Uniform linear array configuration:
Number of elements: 32
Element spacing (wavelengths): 1
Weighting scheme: binomial
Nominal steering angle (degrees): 45
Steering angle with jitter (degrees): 46.089
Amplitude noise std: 0.05
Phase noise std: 0.05

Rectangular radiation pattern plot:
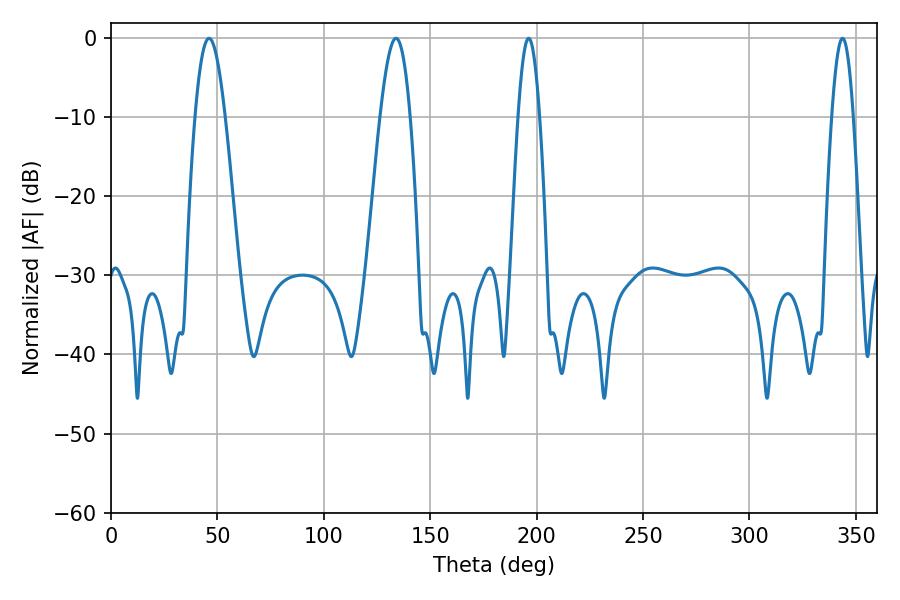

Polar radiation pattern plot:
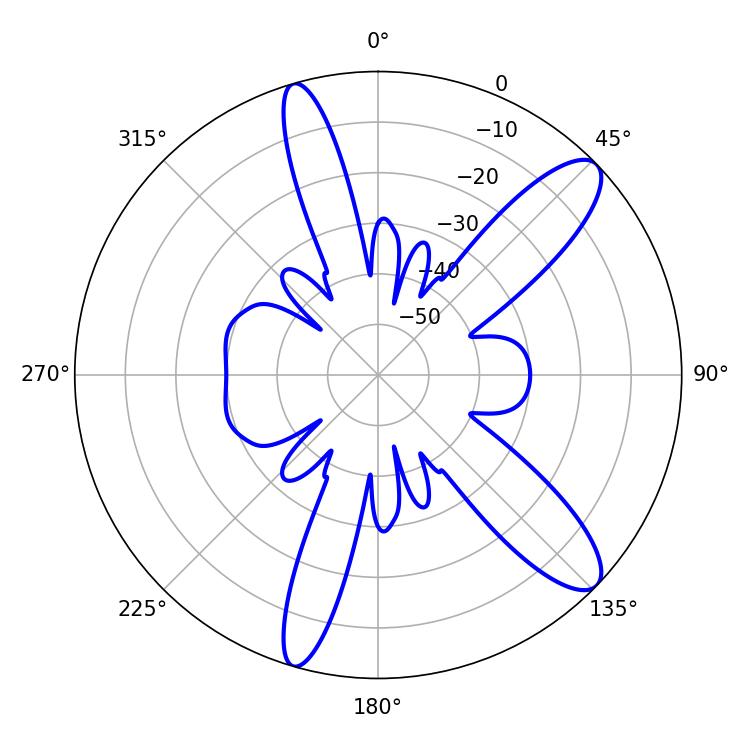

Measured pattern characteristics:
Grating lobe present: TRUE
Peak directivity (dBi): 11.221
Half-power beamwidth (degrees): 7.56
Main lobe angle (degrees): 46.08